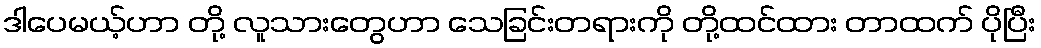
ဒါပေမယ့်ဟာ တို့ လူသားတွေဟာ သေခြင်းတရားကို တို့ထင်ထား တာထက် ပိုပြီး